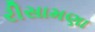
રીસામણા